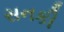
સનકી